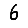
Digit: 6